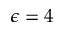
\epsilon = 4